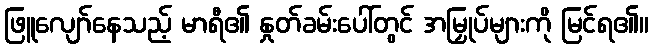
ဖြူလျော်နေသည့် မာရီ၏ နှုတ်ခမ်းပေါ်တွင် အမြှုပ်များကို မြင်ရ၏။